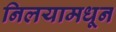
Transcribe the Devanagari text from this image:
निलयामधून